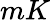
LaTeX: mK